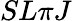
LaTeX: SL\pi J